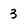
Character: 3